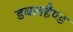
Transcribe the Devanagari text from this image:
डबलहैण्ड